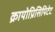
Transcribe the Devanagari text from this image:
क्रायोप्रिसिपिटेट